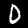
Digit: 0